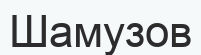
Шамузов